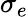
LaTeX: \sigma_{e}